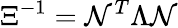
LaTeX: \Xi^{-1}=\mathcal{N}^{T}\Lambda\mathcal{N}